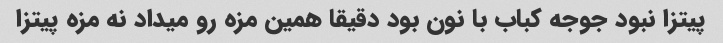
پیتزا نبود جوجه کباب با نون بود دقیقا همین مزه رو میداد نه مزه پیتزا